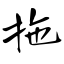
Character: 拖